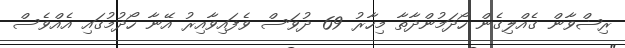
ރިޟްވާން ގެއްލިގެން ހޯދަމުންދާތާ މިހާރު 69 ދުވަސް ވެފައިވާއިރު އޭނާ ހޯދުމުގައި އެއްވެސް